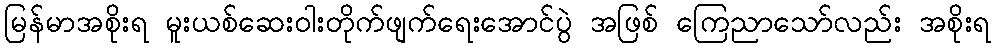
မြန်မာအစိုးရ မူးယစ်ဆေးဝါးတိုက်ဖျက်ရေးအောင်ပွဲ အဖြစ် ကြေညာသော်လည်း အစိုးရ